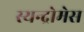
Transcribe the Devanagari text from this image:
स्यन्द्रोमेस